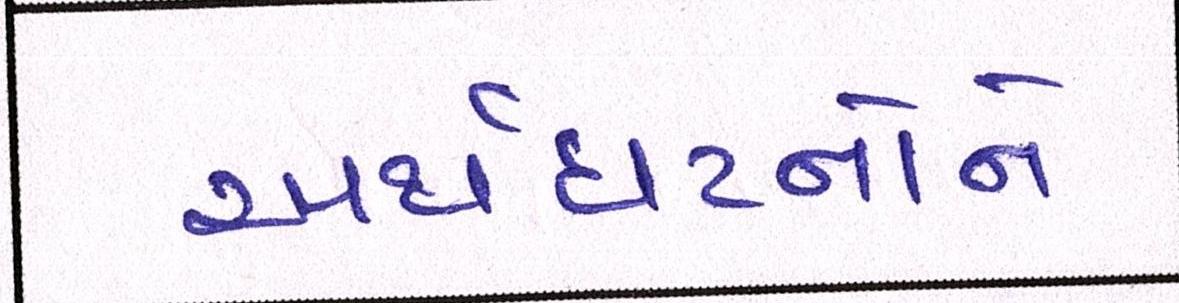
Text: અર્થઘટનોને